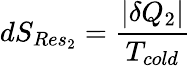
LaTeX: dS_{Res_{2}}={\frac{|\delta Q_{2}|}{T_{cold}}}